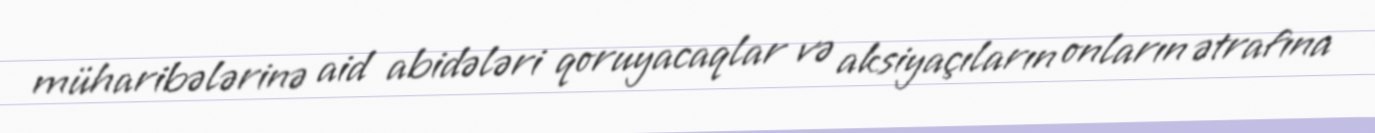
müharibələrinə aid abidələri qoruyacaqlar və aksiyaçıların onların ətrafına